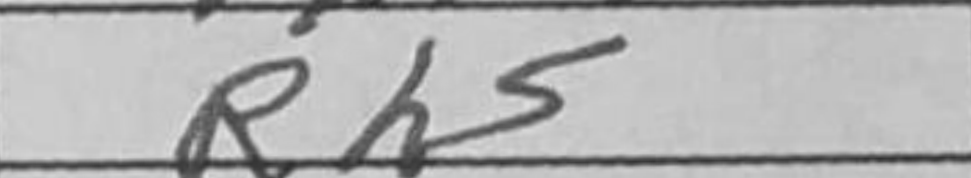
Transcription: Rh5